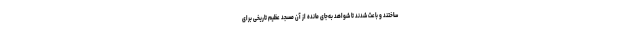
ساختند و باعث شدند تا شواهد به‌جای مانده از آن مسجد عظیم تاریخی برای